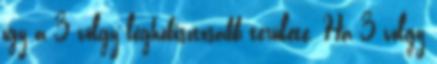
így a 3 völgy leghóbisztosabb területe. Ha 3 völgy